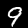
Label: 9